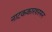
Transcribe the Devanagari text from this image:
नाटककारशरमन